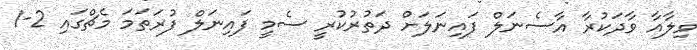
ވިލާއާ ވާދަކުރާ އާސެނަލް ފައިނަލަށް ދަތުރުކުރީ ސެމީ ފައިނަލް ފުރަތަމަ މެޗްގައި 2-1